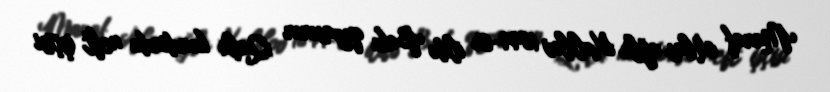
Manaf Abas oğlu Xəlilov 1899-cu ildə Bakı qəzasının Qala kəndində neft işçisi